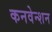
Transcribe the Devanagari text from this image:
कनवेन्शन